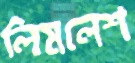
লিমলেশ